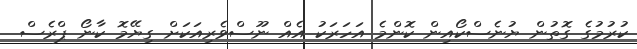
ކުރުމުގެ ގޮތުން ޔުނެސްކޯއިން ކޮންމެ އަހަރަކު އެއް ނޫސްވެރިއަކަށް ގިޔޭމޮ ކާނޯ ޕްރެސް